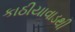
કાઠીયાવાડથી